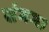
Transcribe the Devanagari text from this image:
संगम।